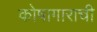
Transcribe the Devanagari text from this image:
कोषागाराची